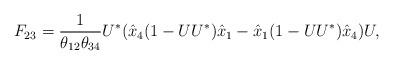
LaTeX: \begin{align*} F_{23} = \frac{1}{\theta_{12} \theta_{34}} U^*( \hat{x}_4 (1-UU^*) \hat{x}_1 - \hat{x}_1 (1-UU^*) \hat{x}_4 )U,\end{align*}